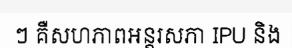
ៗ គឺសហភាពអន្តរសភា IPU និង